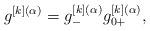
LaTeX: \begin{gather*}g^{[k](\alpha)}=g^{[k](\alpha)}_{-}g^{[k](\alpha)}_{0+},\end{gather*}